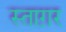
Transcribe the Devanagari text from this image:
स्ताग़र